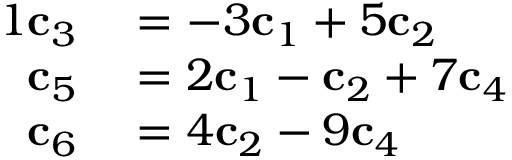
\begin{array} { r l } { { 1 } \mathbf { c } _ { 3 } } & { { } = - 3 \mathbf { c } _ { 1 } + 5 \mathbf { c } _ { 2 } } \\ { \mathbf { c } _ { 5 } } & { { } = 2 \mathbf { c } _ { 1 } - \mathbf { c } _ { 2 } + 7 \mathbf { c } _ { 4 } } \\ { \mathbf { c } _ { 6 } } & { { } = 4 \mathbf { c } _ { 2 } - 9 \mathbf { c } _ { 4 } } \end{array}